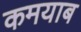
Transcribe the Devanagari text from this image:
कमयाब